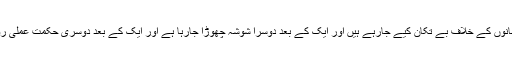
یہ اور اِس طرح کی ان گنت باتیں اور اِقدامات جومغرب اور امریکہ کی طرف سے اِسلام اور مسلمانوں کے خلاف بے تکان کیے جارہے ہیں اور ایک کے بعد دوسرا شوشہ چھوڑا جارہا ہے اور ایک کے بعد دوسری حکمت عملی روبہ عمل لائی جارہی ہے اورکسی وقت ٹھہرنے، سانس لینے، ذراسا وقفہ دینے کی نوبت نہیں آتی۔